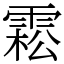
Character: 𩃭